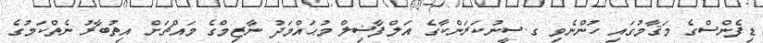
ޑިފެންސްގެ މަޤާމުގައި ހުންނެވި ގ.ސީނުކަރަންކާގެ އަލްފާޟިލް މުޙައްމަދު ނާޒިމްގެ މައްޗަށް އިތުބާރު ނެތްކަމުގެ